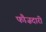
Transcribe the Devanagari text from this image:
फौज़दारी